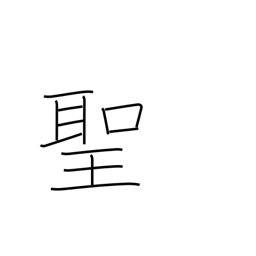
Meaning: priest